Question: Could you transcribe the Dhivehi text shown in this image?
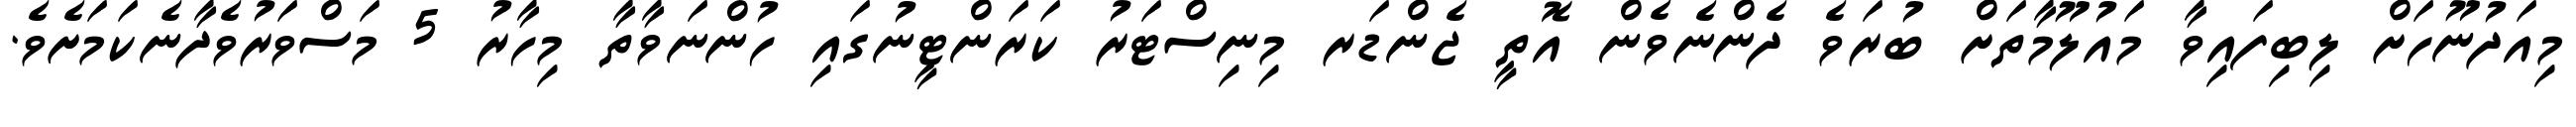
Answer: މިއަދުނޫހަށް ލިބިފައިވާ މައުލޫމާތަށް ބުރަވެ ދެންނެވެން އޮތީ ޖެންޑަރ މިނިސްޓަރު ކަރަންޓީނުގައި ހުންނަވާތާ މިހާރު 5 މަސްވަރުވެދާނެކަމަށެވެ.